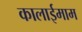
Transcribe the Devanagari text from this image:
कालाईमाम